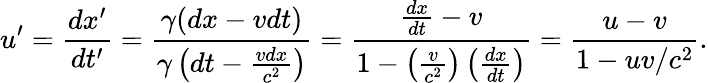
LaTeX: u^{\prime}={\frac{dx^{\prime}}{dt^{\prime}}}={\frac{\gamma(dx-vdt)}{\gamma\left(dt-{\frac{vdx}{c^{2}}}\right)}}={\frac{{\frac{dx}{dt}}-v}{1-\left({\frac{v}{c^{2}}}\right)\left({\frac{dx}{dt}}\right)}}={\frac{u-v}{1-uv/c^{2}}}.